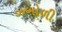
ઝબોળી